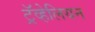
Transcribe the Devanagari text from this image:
ट्रॅव्हेलियन